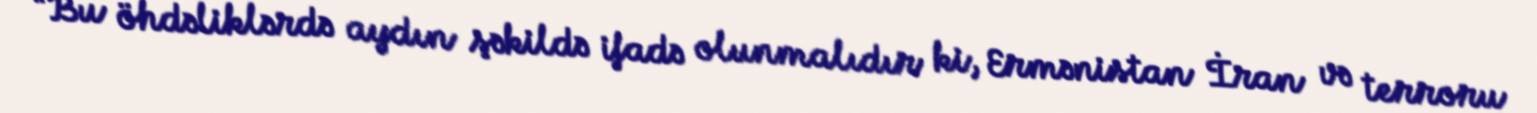
“Bu öhdəliklərdə aydın şəkildə ifadə olunmalıdır ki, Ermənistan İran və terroru